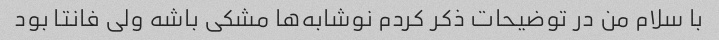
با سلام من در توضیحات ذکر کردم نوشابه‌ها مشکى باشه ولى فانتا بود